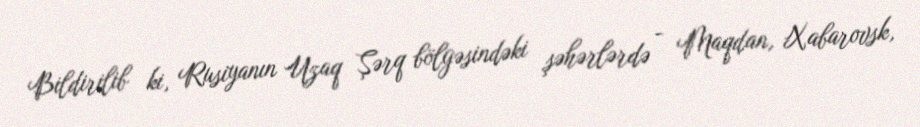
Bildirilib ki, Rusiyanın Uzaq Şərq bölgəsindəki şəhərlərdə - Maqdan, Xabarovsk,